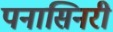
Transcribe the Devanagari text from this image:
पनासिनरी